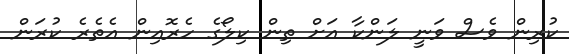
ކުރިން ވެސް ވަނީ ލަންކާ އަށް ތިން ކިލޯގެ ހެރޮއިން އެތެރެ ކުރަން